Annual administration report of the Civil Veterinary Department of India - 1906-1907
Year: 1906
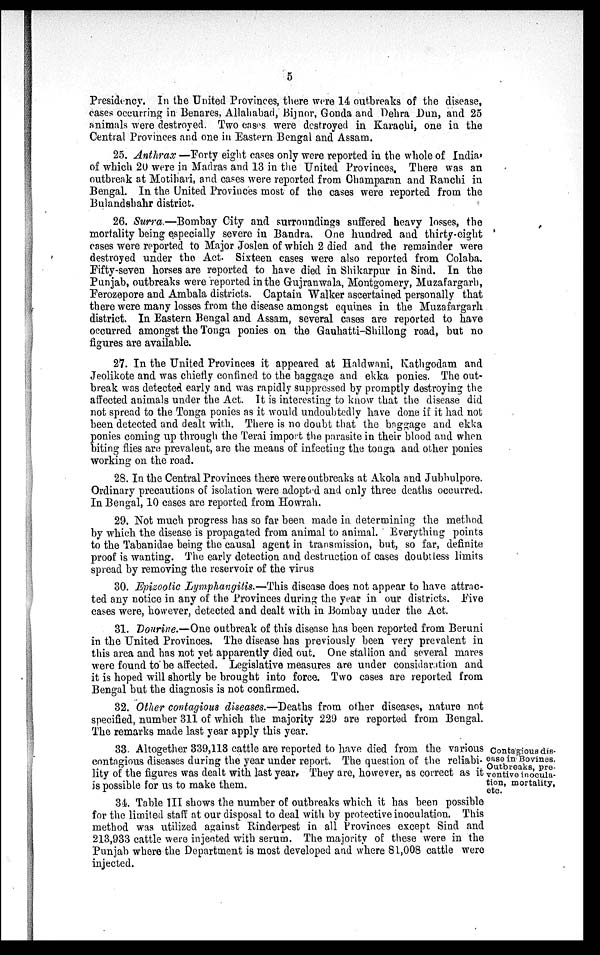
5
Presidency. In the United Provinces, there were 14 outbreaks of the disease,
cases occurring in Benares, Allahabad, Bijnor, Gonda and Dehra Dun, and 25
animals were destroyed. Two cases were destroyed in Karachi, one in the
Central Provinces and one in Eastern Bengal and Assam.
25. Anthrax—Forty eight cases only were reported in the whole of India,
of which 20 were in Madras and 13 in the United Provinces. There was an
outbreak at Motihari, and cases were reported from Champaran and Ranchi in
Bengal. In the United Provinces most of the cases were reported from the
Bulandshahr district.
26. Surra.—Bombay City and surroundings suffered heavy losses, the
mortality being especially severe in Bandra. One hundred and thirty-eight
cases were reported to Major Joslen of which 2 died and the remainder were
destroyed under the Act. Sixteen cases were also reported from Colaba.
Fifty-seven horses are reported to have died in Shikarpur in Sind. In the
Punjab, outbreaks were reported in the Gujranwala, Montgomery, Muzafargarh,
Ferozepore and Ambala districts. Captain Walker ascertained personally that
there were many losses from the disease amongst equines in the Muzafargarh
district. In Eastern Bengal and Assam, several cases are reported to have
occurred amongst the Tonga ponies on the Gauhatti-Shillong road, but no
figures are available.
27. In the United Provinces it appeared at Haldwani, Kathgodam and
Jeolikote and was chiefly confined to the baggage and ekka ponies. The out-
break was detected early and was rapidly suppressed by promptly destroying the
affected animals under the Act. It is interesting to know that the disease did
not spread to the Tonga ponies as it would undoubtedly have done if it had not
been detected and dealt with. There is no doubt that the baggage and ekka
ponies coming up through the Terai import the parasite in their blood and when
biting flies are prevalent, are the means of infecting the tonga and other ponies
working on the road.
28. In the Central Provinces there were outbreaks at Akola and Jubbulpore.
Ordinary precautions of isolation were adopted and only three deaths occurred.
In Bengal, 10 cases are reported from Howrah.
29. Not much progress has so far been made in determining the method
by which the disease is propagated from animal to animal. Everything points
to the Tabanidae being the causal agent in transmission, but, so far, definite
proof is wanting. The early detection and destruction of cases doubtless limits
spread by removing the reservoir of the virus
30. Epizootic Lymphangitis.—This disease does not appear to have attrac-
ted any notice in any of the Provinces during the year in our districts. Five
cases were, however, detected and dealt with in Bombay under the Act.
31. Dourine.—One outbreak of this disease has been reported from Beruni
in the United Provinces. The disease has previously been very prevalent in
this area and has not yet apparently died out. One stallion and several mares
were found to be affected. Legislative measures are under considaration and
it is hoped will shortly be brought into force. Two cases are reported from
Bengal but the diagnosis is not confirmed.
32. Other contagious diseases.—Deaths from other diseases, nature not
specified, number 311 of which the majority 229 are reported from Bengal.
The remarks made last year apply this year.
Contagious dis-
ease in Bovines.
Outbreaks, pre-
ventive inocula-
tion, mortality,
etc.
33. Altogether 339,113 cattle are reported to have died from the various
contagious diseases during the year under report. The question of the reliabi-
lity of the figures was dealt with last year. They are, however, as correct as it
is possible for us to make them.
34. Table III shows the number of outbreaks which it has been possible
for the limited staff at our disposal to deal with by protective inoculation. This
method was utilized against Rinderpest in all Provinces except Sind and
213,933 cattle were injected with serum. The majority of these were in the
Punjab where the Department is most developed and where 81,008 cattle were
injected.